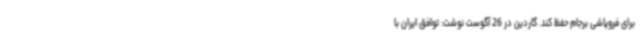
برای فروپاشی برجام حفظ کند. گاردین در 26 آگوست نوشت: توافق ایران با